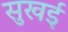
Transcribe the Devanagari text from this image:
सुखई